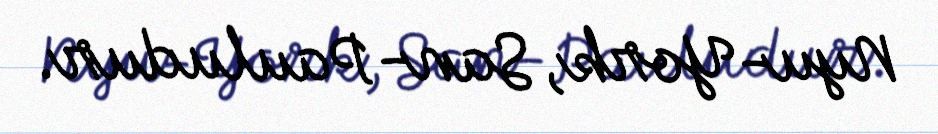
Nyu-York, San-Pauludur.